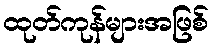
ထုတ်ကုန်များအဖြစ်